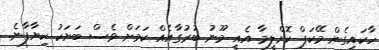
ހާކައިގެން މޭކަޕް ކޮށްލީމާ އެއީ މޫނު ބުރުގާއެއް ކަމަށް ވެސް ބަޔަކު ކިޔާފާނެ.